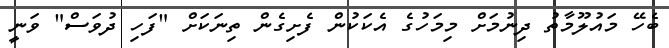
ބެހޭ މައުލޫމާތު ދިނުމަށް މިމަހުގެ އެކަކުން ފެށިގެން ތިނަކަށް "ފަހި ދުވަސް" ވަނީ